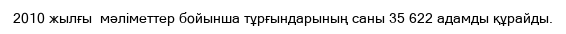
2010 жылғы  мәліметтер бойынша тұрғындарының саны 35 622 адамды құрайды.